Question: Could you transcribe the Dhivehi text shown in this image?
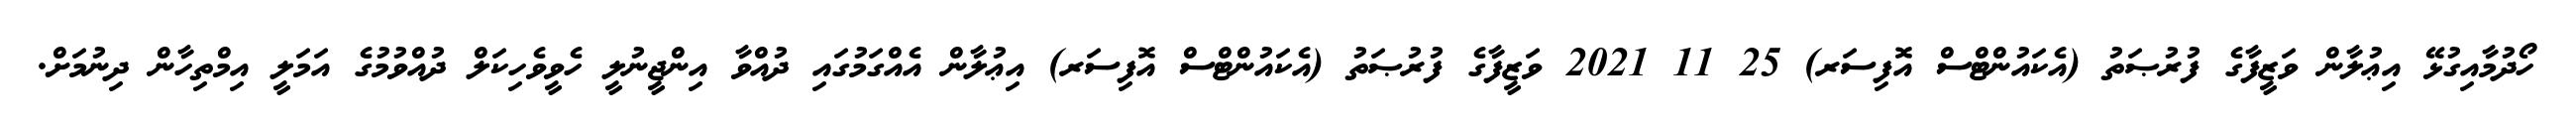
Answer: ހޯދުމާއިގުޅޭ އިޢުލާން ވަޒީފާގެ ފުރުޞަތު (އެކައުންޓްސް އޮފިސަރ) 25 11 2021 ވަޒީފާގެ ފުރުޞަތު (އެކައުންޓްސް އޮފިސަރ) އިޢުލާން އެއްގަމުގައި ދުއްވާ އިންޖީނުލީ ހެވީވެހިކަލް ދުއްވުމުގެ އަމަލީ އިމްތިހާން ދިނުމަށް.